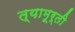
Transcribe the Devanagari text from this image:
त्यामूर्ती